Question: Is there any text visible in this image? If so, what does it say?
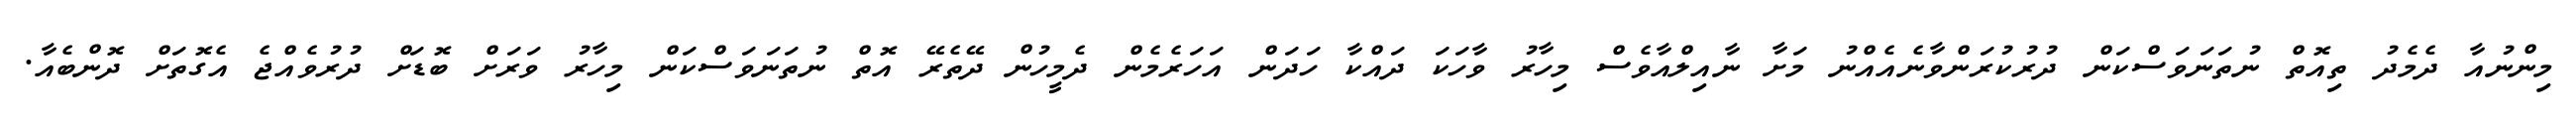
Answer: މިންނުއާ ދެމެދު ތިއޮތް ނުތަނަވަސްކަން ދުރުކުރަންވާނެއެއްނު މަށާ ނާއިލްއާވެސް މިހާރު ވާހަކަ ދައްކާ ހަދަން އަހަރެމެން ދެމީހުން ދޭތެރޭ އޮތް ނުތަނަވަސްކަން މިހާރު ވަރަށް ބޮޑަށް ދުރުވެއްޖެ އެގޮތަށް ދޮންބެއާ.